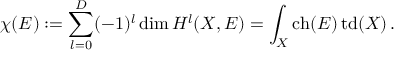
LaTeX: \chi ( E ) : = \sum _ { l = 0 } ^ { D } ( - 1 ) ^ { l } \dim { H } ^ { l } ( X , E ) = \int _ { X } \mathop { \mathrm { c h } } ( E ) \mathop { \mathrm { t d } } ( X ) \, .